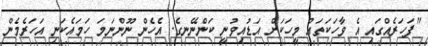
"ފަހަރެއްގައި އެ ވާހަކަތައް މީހަކަށް އަޑުއިވުނީ ކަންނޭނގެ. އެހެން ނޫންނަމަ ހަމައެކަނި އަހަރެމެން